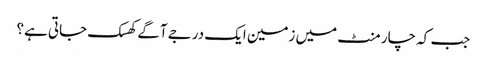
جب کہ چار منٹ میں زمین ایک درجے آگے کھسک جاتی ہے؟